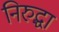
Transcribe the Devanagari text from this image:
निरुद्धा